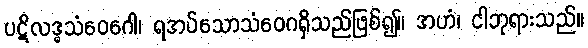
ပဋိလဒ္ဓသံဝေဂေါ၊ ရအပ်သောသံဝေဂရှိသည်ဖြစ်၍။ အဟံ၊ ငါဘုရားသည်။